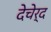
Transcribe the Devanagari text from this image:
देचेर्द